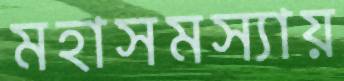
মহাসমস্যায়